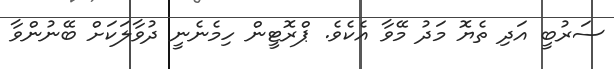
ސަރުބީ އަދި ތެޔޮ މަދު މޭވާ އެކެވެ. ޕްރޮޓީން ހިމެނެނީ ދުވާލަކަށް ބޭނުންވާ